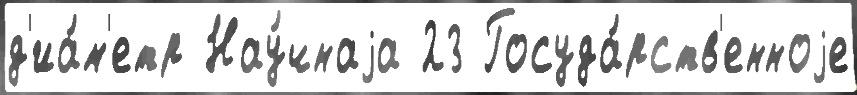
д'иа́м'етр Нау́чнаjа 23 Госуда́рств'енноjе